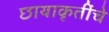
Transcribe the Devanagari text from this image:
छायाकृतींचे